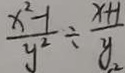
\frac { x ^ { 2 } - 1 } { y ^ { 2 } } \div \frac { x + 1 } { y _ { 2 } }